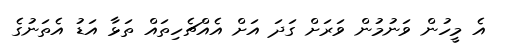
އެ މީހުން ވަނުމުން ވަރަށް ގަދަ އަށް އެއްޗެހިތައް ތަޅާ އަޑު އެތަނުގެ